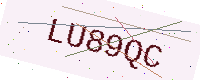
Text: LU89QC